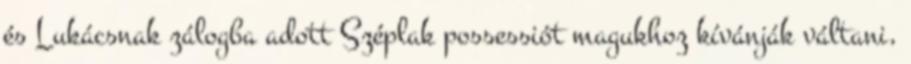
és Lukácsnak zálogba adott Széplak possessiót magukhoz kívánják váltani,